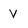
Character: V